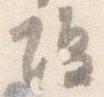
場